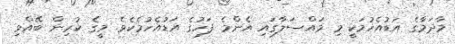
މާދަމާގެ އަޑުއެހުމަކީ މި މައްސަލާގައި އެންމެ ފަހުގެ އަޑުއެހުމެކެވެ. މީގެ ކުރިން ބޭއްވި